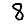
Digit: 8